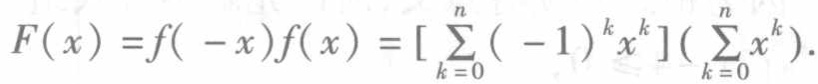
\[
F(x)=f(-x)f(x)=\left[\sum_{k = 0}^{n}(-1)^{k}x^{k}\right]\left(\sum_{k = 0}^{n}x^{k}\right).
\]